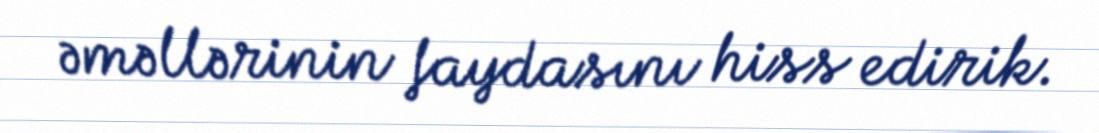
əməllərinin faydasını hiss edirik.